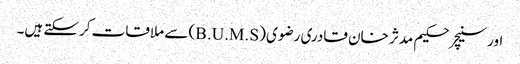
اورسنیچر حکیم مدثر خان قادری رضوی (B.U.M.S) سے ملاقات کرسکتے ہیں۔